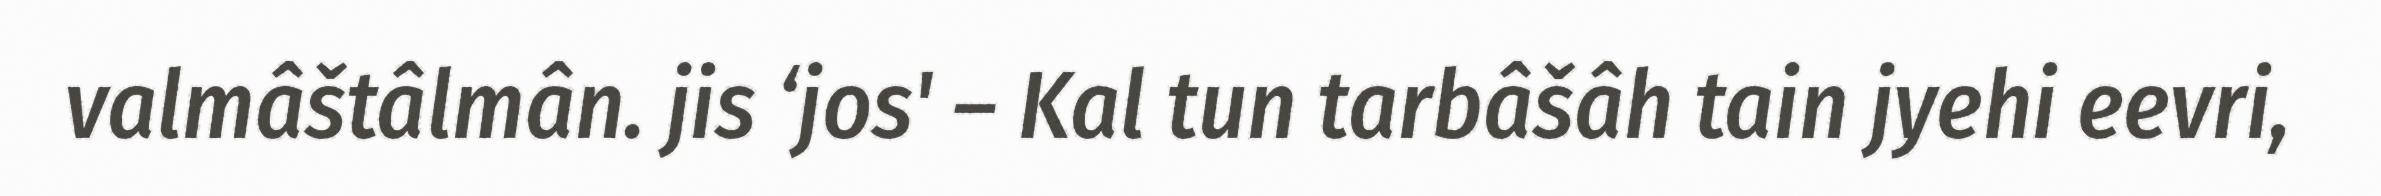
valmâštâlmân. jis ‘jos' – Kal tun tarbâšâh tain jyehi eevri,